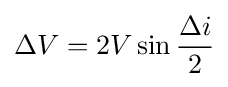
\Delta V=2V\sin {\frac {\Delta i}{2}}